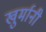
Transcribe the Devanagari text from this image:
खुर्मानी